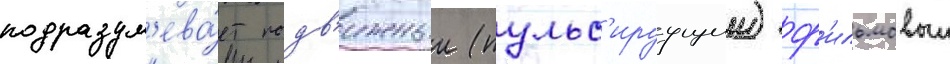
подразум'ева́ет подв'ижныи (пульс'ируущии) ф'ильмовыи